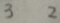
3 2